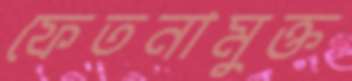
ফেতনামুক্ত